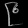
Digit: ၉